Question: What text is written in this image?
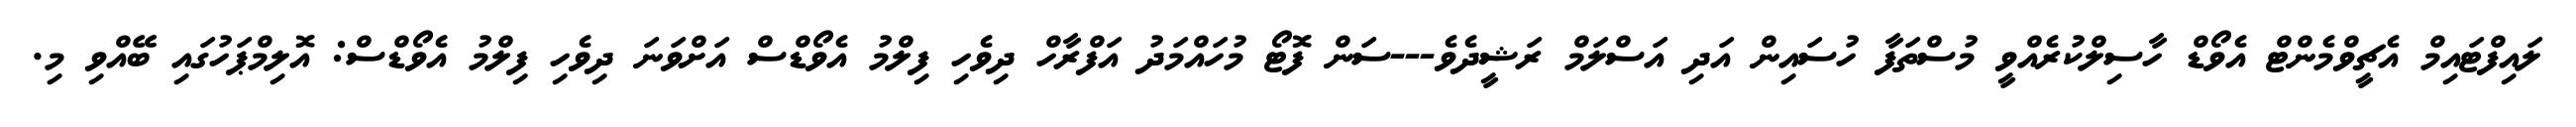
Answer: ލައިފްޓައިމް އެޗީވްމެންޓް އެވޯޑް ހާސިލްކުރެއްވީ މުސްތަފާ ހުސައިން އަދި އަސްލަމް ރަޝީދެވެ---ސަން ފޮޓޯ މުހައްމަދު އަފްރާހް ދިވެހި ފިލްމު އެވޯޑްސް އަށްވަނަ ދިވެހި ފިލްމު އެވޯޑްސް: އޮލިމްޕަހުގައި ބޭއްވި މި.